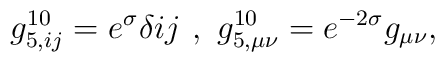
g_{5,ij}^{10}=e^{\sigma} \delta{ij} \ , \ g_{5, \mu \nu}^{10}= e^{-2\sigma} g_{\mu \nu},